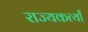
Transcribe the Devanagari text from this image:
राज्यकर्त्यां